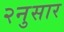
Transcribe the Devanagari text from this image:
२नुसार